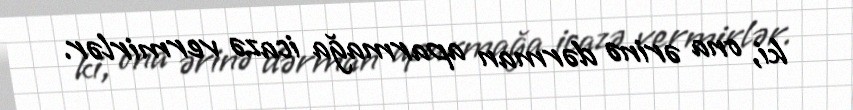
ki, ona ərinə dərman aparmağa icazə vermirlər.